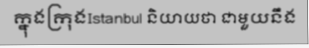
ក្នុងក្រុងIstanbul និយាយថា ជាមួយនឹង